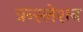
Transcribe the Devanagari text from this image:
त्रन्स्लेशन